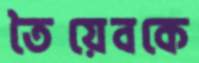
তৈয়েবকে